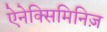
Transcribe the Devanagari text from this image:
ऐनेक्सिमिनिज़